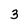
Character: 3